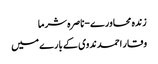
زندہ محاورے-ناصرہ شرما
وقار احمد ندوی کے بارے میں